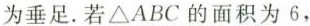
为垂足.若\triangle ABC的面积为6，